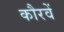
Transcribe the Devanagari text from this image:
कौरवें